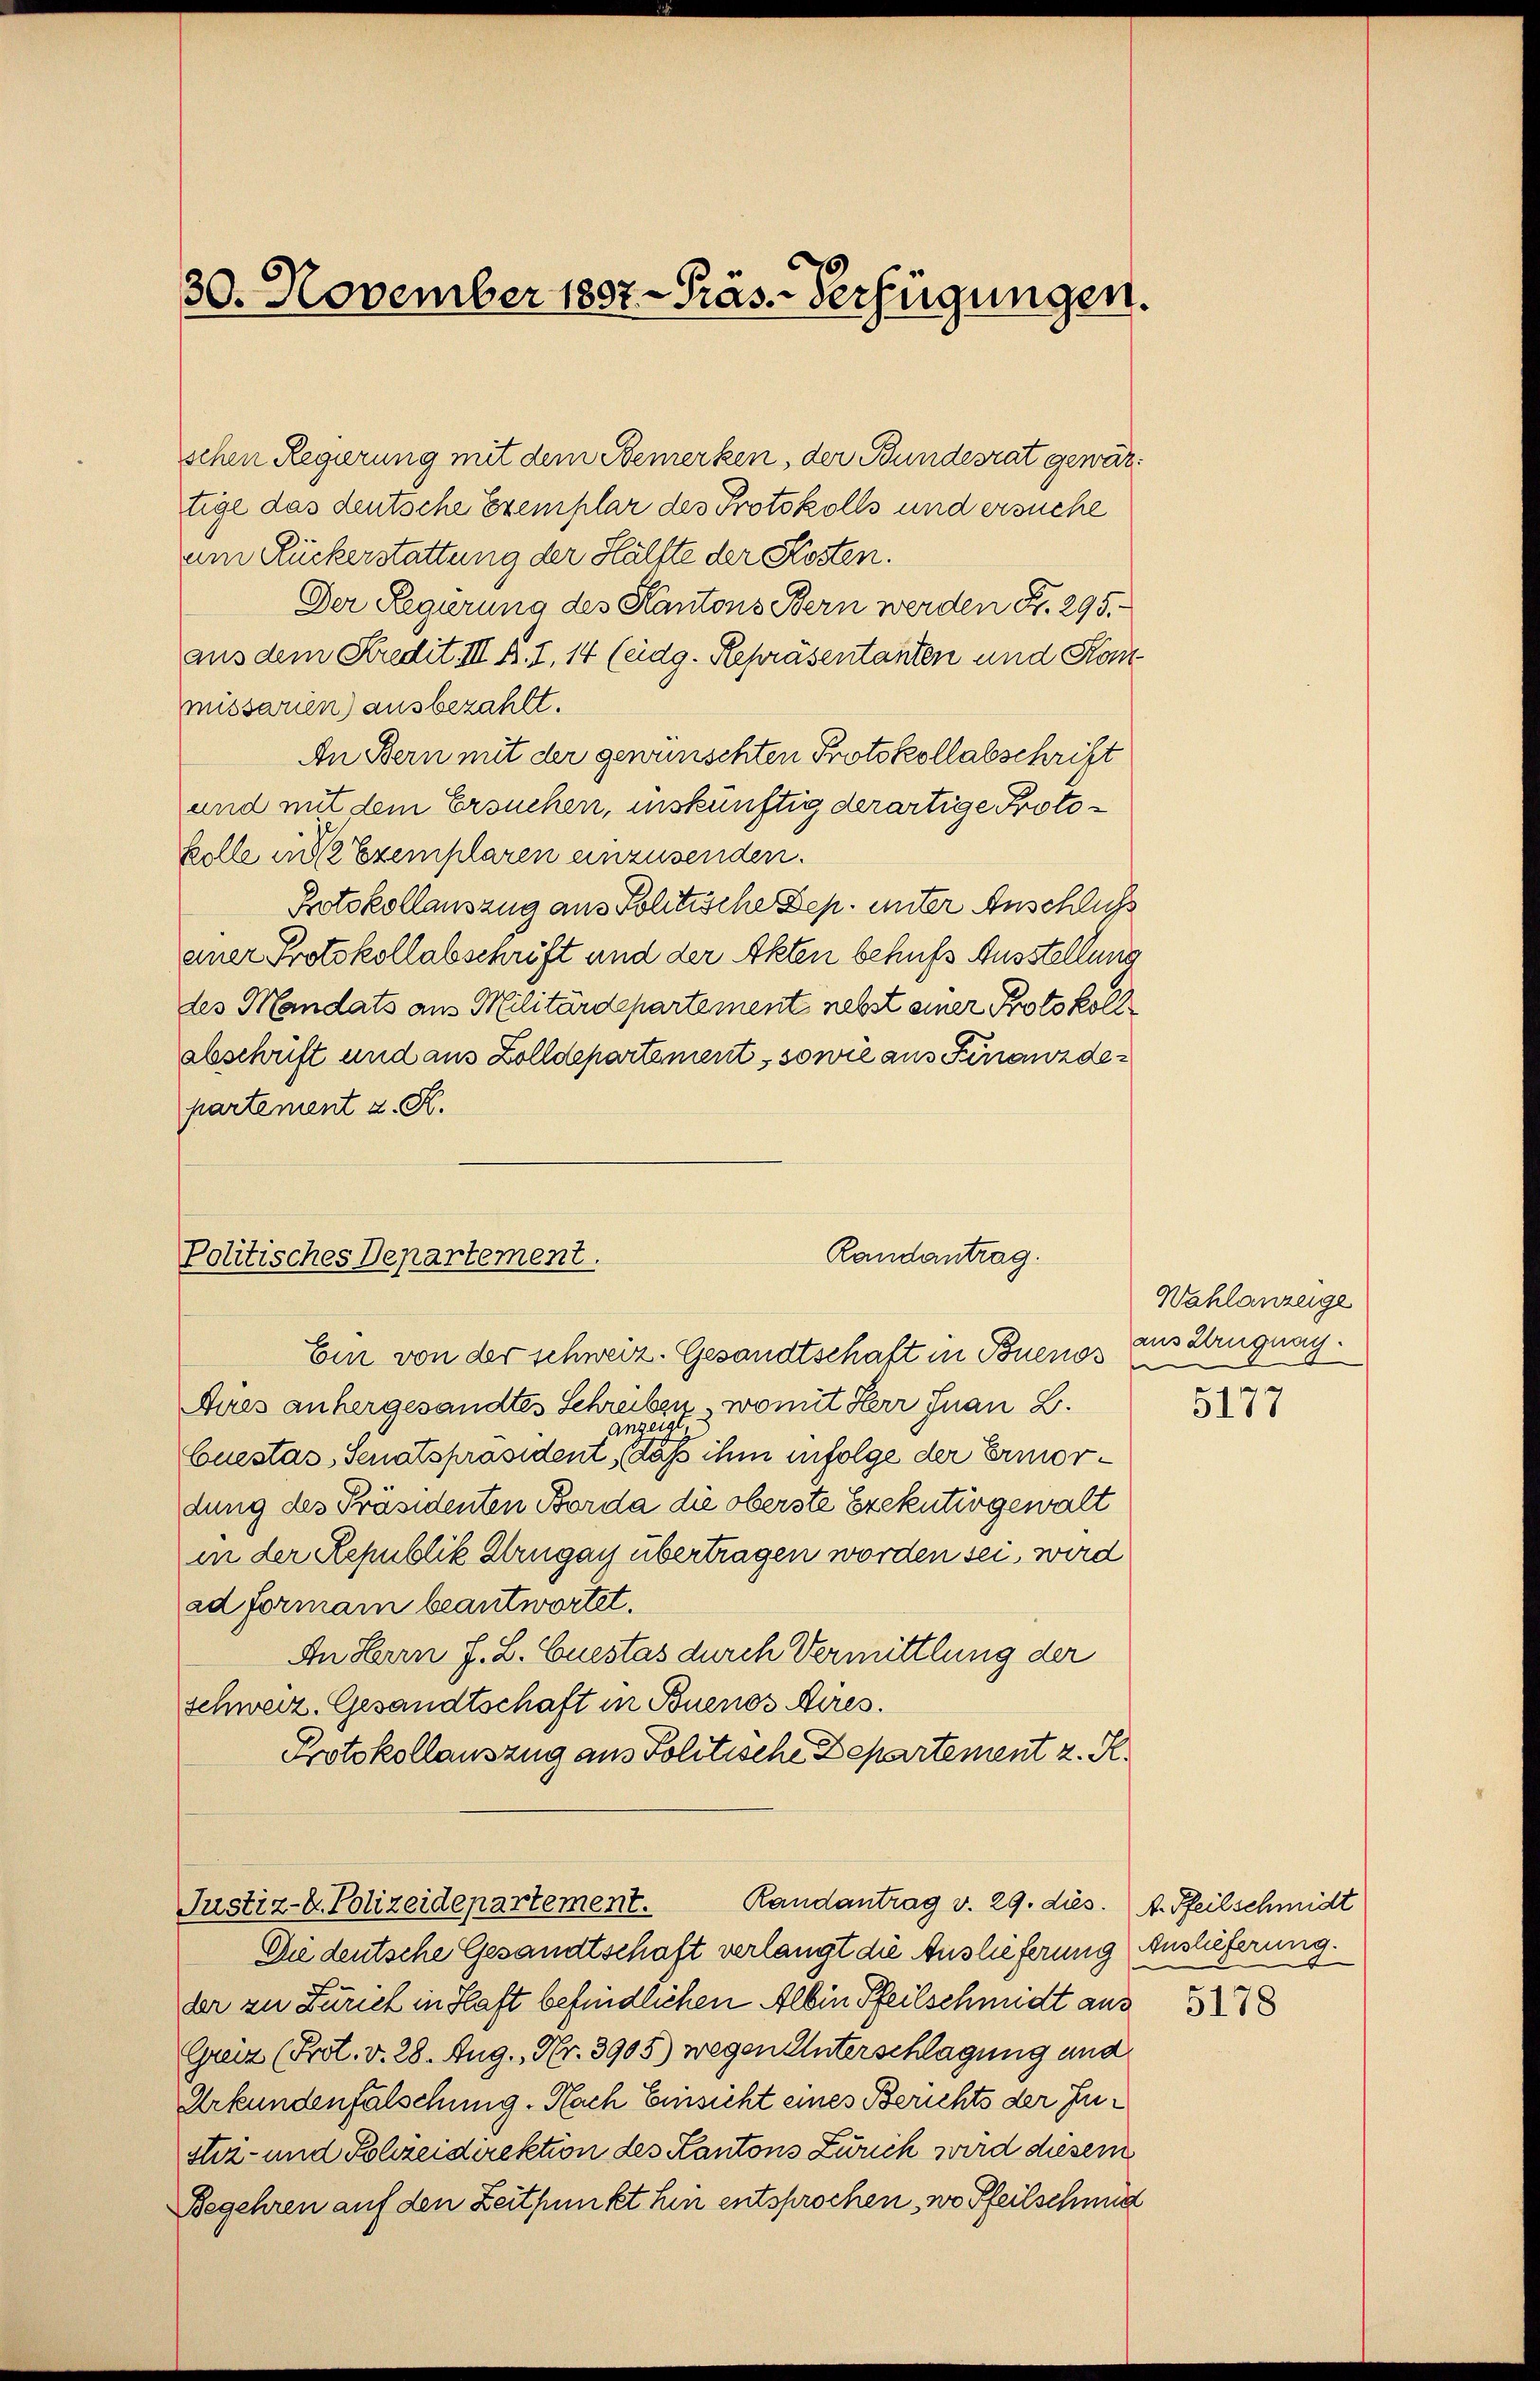
30. November 1807 - Präs. Verfügungen.

missarien) ausbezahlt.
An Bern mit der gewünschten Protokollabschrift
und mit dem Ersuchen, inskünftig derartige Protokelle und 2 Exemplaren einzusenden.
Protokollauszug aus Politische Dep. unter Anschluss
einer Protokollabschrift und der Akten behufs Ausstellung
des Mandats aus Militärdepartement nebst einer Protokoll
abschrift und aus Zolldepartement, sowie aus Finanzdepartement u. F.

Politisches Departement.

schen Regierung mit dem Bemerken, der Bundesrat gewärtige das deutsche Exemplar des Protokolls und ersuche
am Ruckerstattung der Hälfte der Kosten.
Der Regierung des Kantons Bern werden Fr. 295.
aus dem Kredit III f. 1, 14 (eidg. Repräsentanten und Kon¬

Ein von der schweiz. Gesandtschaft in Buenos aus Kruguag.
Aues anhergesandtes Schreiben, womit Herr Inan L.
anzeigt
Cuestas, Senatspräsident, daß ihm infolge der Ermordung des Präsidenten Borda die oberste Exekutivgewalt
in der Republik Krugay übertragen worden sei, wird
ad formann beantwortet.
An Herrn J. L. Euestas durch Vermittlung der
schweiz. Gesandtschaft in Buenos Aires.
Protokollauszug aus Politische Departement z. R.

Randantrag.

Justiz-C. Polizeidepartement. Randantrag v. 29. dies. A. Pfeilschmidt

Die deutsche Gesandtschaft verlangt die Auslieferung Auslieferung.
der zu Zürich in Haft befindlichen Albin Pfeilschmidt aus
Greiz (Prot. v. 28. Aug., Nr. 3905) wegen Unterschlagung und
Urkundenfälschung. Nach Einsicht eines Berichts der Justiz- und Polizeidirektion des Kantons Zürich wird diesem
Begehren auf den Zeitpunkt hin entsprochen, wo Pfeilschmid

Wahlanzeige
e
5177

5178